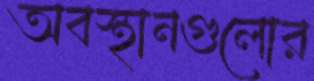
অবস্থানগুলোর